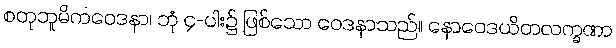
စတုဘူမိကဝေဒနာ၊ ဘုံ ၄-ပါး၌ ဖြစ်သော ဝေဒနာသည်။ နောဝေဒယိတလက္ခဏာ